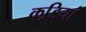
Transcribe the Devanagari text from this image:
कडि़यां